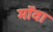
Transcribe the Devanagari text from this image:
मॉवा